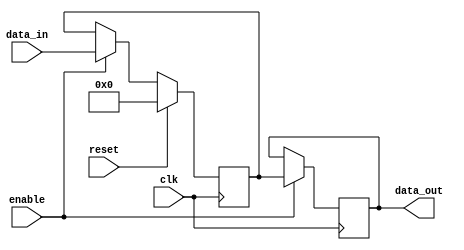
module variable_width_bypass_register (
    input wire clk,
    input wire reset,
    input wire enable,
    input wire [7:0] data_in,
    output reg [7:0] data_out
);

reg [7:0] internal_register;

always @(posedge clk) begin
    if (reset) begin
        internal_register <= 8'h00;
    end else if (enable) begin
        internal_register <= data_in;
    end
end

always @(posedge clk) begin
    if (enable) begin
        data_out <= internal_register;
    end
end

endmodule